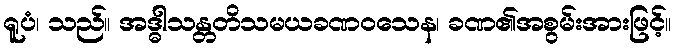
ရူပံ၊ သည်။ အဒ္ဓါသန္တတိသမယခဏဝသေန၊ ခဏ၏အစွမ်းအားဖြင့်။